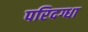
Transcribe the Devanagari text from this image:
परिदग्धा